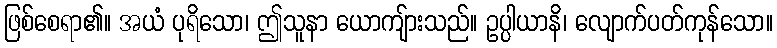
ဖြစ်စေရာ၏။ အယံ ပုရိသော၊ ဤသူနာ ယောကျ်ားသည်။ ဥပ္ပါယာနိ၊ လျောက်ပတ်ကုန်သော။